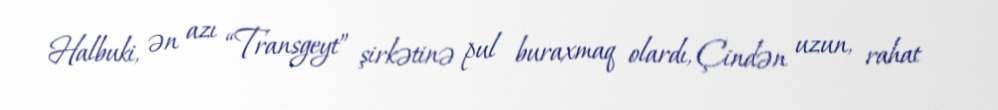
Halbuki, ən azı “Transgeyt” şirkətinə pul buraxmaq olardı, Çindən uzun, rahat